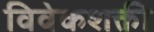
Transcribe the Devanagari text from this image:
विवेकशक्ती